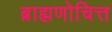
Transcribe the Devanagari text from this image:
ब्राह्मणोचित्त